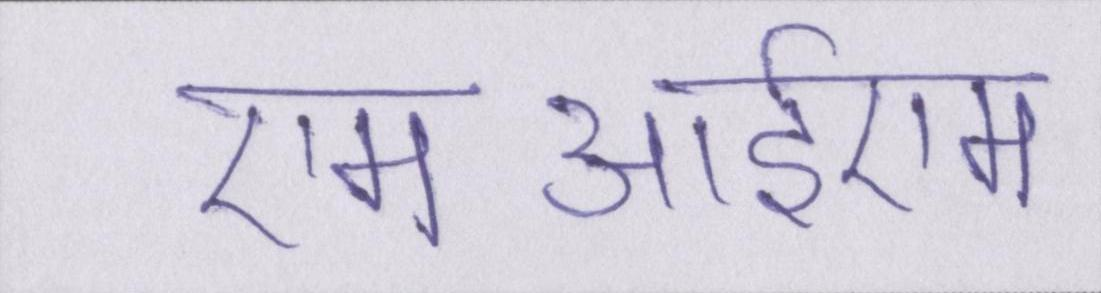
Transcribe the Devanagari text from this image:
एमआईएम